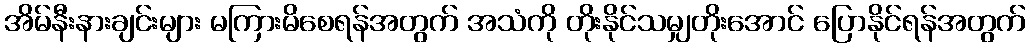
အိမ်နီးနားချင်းများ မကြားမိစေရန်အတွက် အသံကို တိုးနိုင်သမျှတိုးအောင် ပြောနိုင်ရန်အတွက်